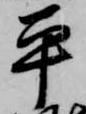
平